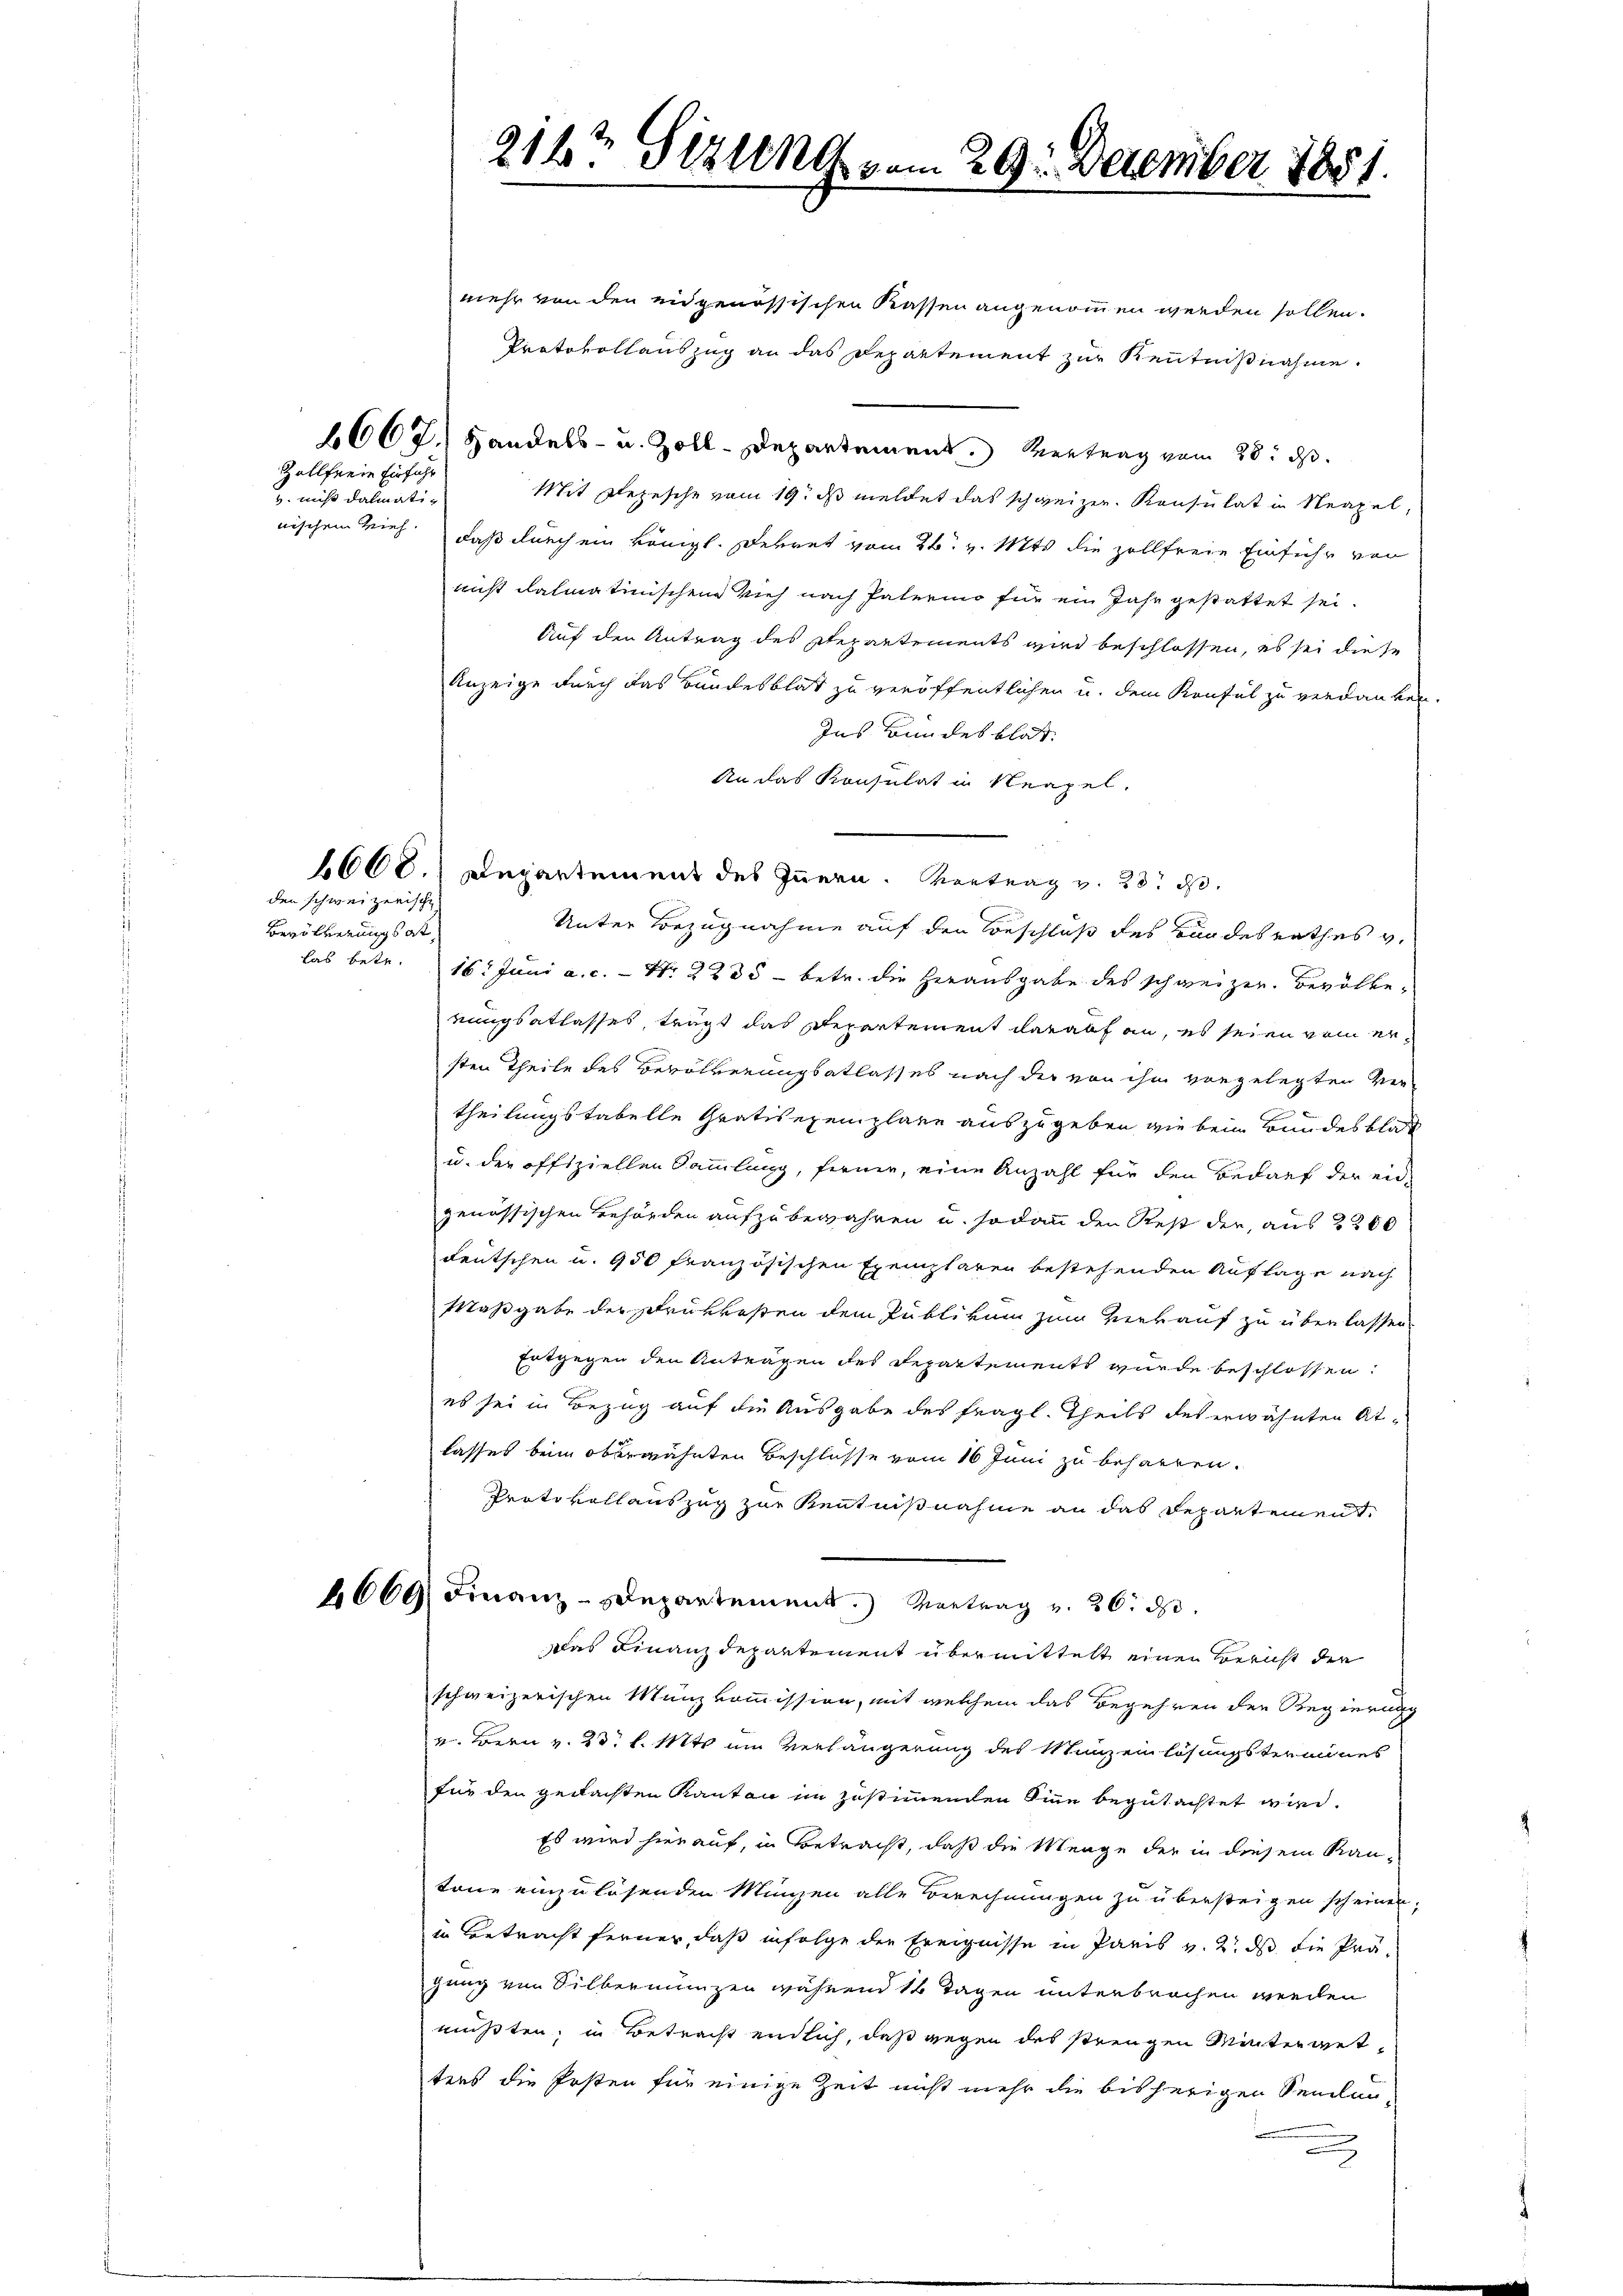
Zollfreie Einführ
. nicht dalmati¬

den schweizerische
Bevölkerungsat

mehr von den eidgenössischen Kassen angenommen werden sollen.
Protokollauszug an das Departement zur Kenntnißnahme.
6667.) Handels- u. Zoll-Departement. Vertrag vom 28. ds.
Mit Depesche vom 19. ds meldet das schweizer. Konsulat in Neapel,
nischem Vieh, daß durch ein königl. Dekret vom 26. v. Mts. die zollfreie Einführ von
nicht dahinatinischen Vieh nach Paterino für ein Jahr gestattet sei.
Auf den Antrag des Departements wird beschlossen, es sei diese
Anzeige durch das Bundesblat zu veröffentlichen u. dem Konsul zu verdanken
Ins Bundesblat.
An das Konsulat in Neapel.
4600. Departement des Innern. Vortrag v. 23. d.
Unter Bezugnahme auf den Beschluß des Bundesrathes v.
las betr. 16. Juni a. c. - Nr. 2235 - betr. die Herausgabe des schweizer. Bevölkerungsablasses, trägt das Departement darauf an, es seien vom ersten Theile des Bevölkerungsatlasses nach der von ihm vorgelegten Vertheilungstabelle Gratisexemplare auszugeben, wie beim Bundesblat
u. der offiziellen Sammlung, ferner, eine Anzahl für den Bedarf der eidgenössischen Behörden aufzubewahren u. sodann den Rest der aus 2200
deutschen u. 950 französischen Exemplaren bestehenden Auflage nach
Maßgabe der Schrükkosten dem Publikum zum Verauf zu überlassen
Entgegen den Antragen des Repartements wurde beschlossen.
es sei in Bezug auf die Ausgabe des fragl. Theils des erwähnten Atlasses beim oberwähnten Beschlüsse vom 16 Juni zu beharren.
Protokollauszug zur Kenntnißnahme an das Departement
6669 Finanz-Departement. Vertrag v. 26. d.
Das Finanzdepartement übermittelt einen Bericht der
schweizerischen Münzkommission, mit welchem das Begehren der Regierung
v. Bern v. 23. l. Mts. um Verlängerung des Manzeinlösungstermines
für den gedachten Kanton im zustimmenden Sinn begutachtet wird.
Es wird hierauf, in Betracht, daß die Menge der in diesem Kan-
tone einzulösenden Münzen alle Berechnungen zu übersteigen scheinen.
in Betracht ferner, daß infolge die Ereignisse in Paris v. 2. ds die Prägung von Silbermünzen während 14 Tagen unterbrochen werden
mußten, in Betracht endlich, daß wegen des strengen Wintergettens die Posten für einige Zeit nicht mehr die bisherigen Seelen

212te Sitzung vom 29. Dezember 1851.